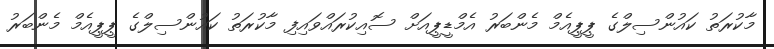
މާކުރަތު ކައުންސިލްގެ ޕީޕީއެމް މެންބަރު އެމްޑީޕީއަށް ސޮއިކުރައްވައިފި މާކުރަތު ކައުންސިލްގެ ޕީޕީއެމް މެންބަރު